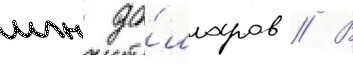
млн до́лларов // В